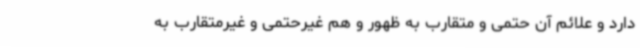
دارد و علائم آن حتمی و متقارب به ظهور و هم غیرحتمی و غیرمتقارب به